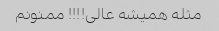
مثله همیشه عالی!!!! ممنونم